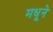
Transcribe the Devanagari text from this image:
मधूने